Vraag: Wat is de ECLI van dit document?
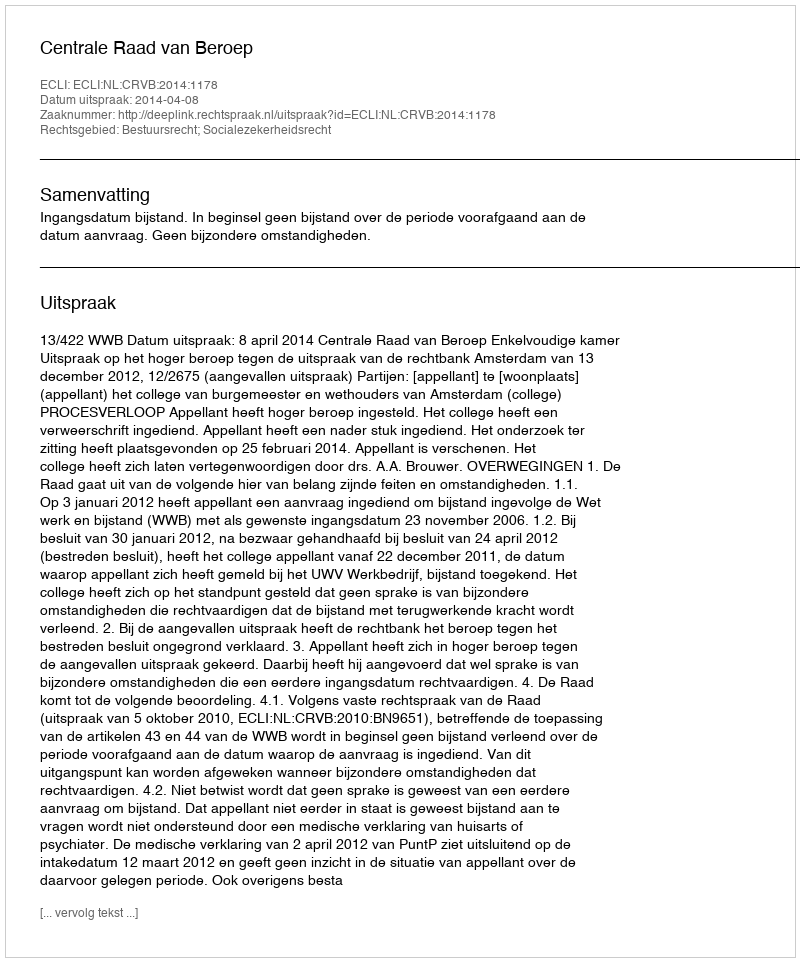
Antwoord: ECLI:NL:CRVB:2014:1178